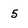
Character: 5